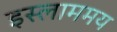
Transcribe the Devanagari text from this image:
इस्लाममय